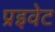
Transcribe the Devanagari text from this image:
प्रइवेट